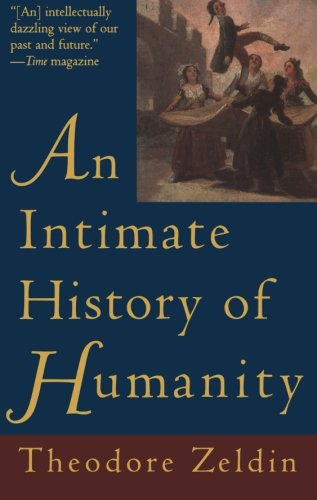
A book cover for Intimate History of Humanity, An; Theodore Zeldin; Medical Books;